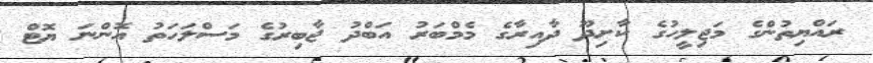
ރައްޔިތުންގެ މަޖިލީހުގެ ކާށިދޫ ދާއިރާގެ މެމްބަރު އަބްދު ޖާބިރުގެ މަސްލަހަތު އޮންނަ ޔޮޓް